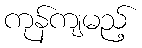
ကုန်ကျမည့်